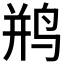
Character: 𫛨